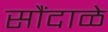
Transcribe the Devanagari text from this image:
सौंदाळे